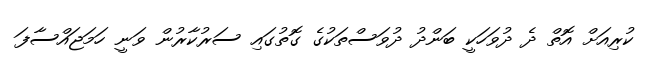
ކުރިއަށް އޮތް ދެ ދުވަހަކީ ބަންދު ދުވަސްތަކުގެ ގޮތުގައި ސަރުކާރުން ވަނީ ހަމަޖައްސާފަ